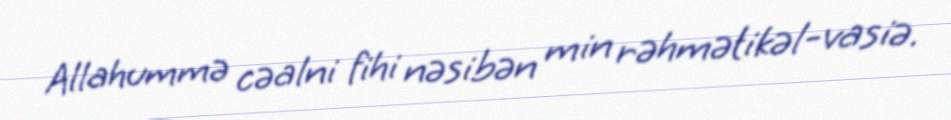
Allahummə cəalni fihi nəsibən min rəhmətikəl-vasiə.